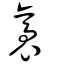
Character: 褭